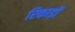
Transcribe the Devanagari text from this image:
रिकाड़ों